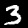
Digit: 3